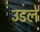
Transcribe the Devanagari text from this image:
उडले